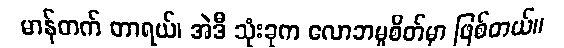
မာန်တက် တာရယ်၊ အဲဒီ သုံးခုက လောဘမူစိတ်မှာ ဖြစ်တယ်။